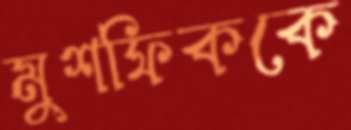
মুশফিককে